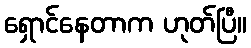
ရှောင်နေတာက ဟုတ်ပြီ။